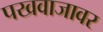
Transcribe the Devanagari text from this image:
पखवाजावर